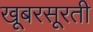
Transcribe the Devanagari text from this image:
खूबरसूरती